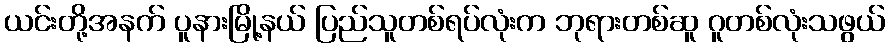
ယင်းတို့အနက် ပူနားမြို့နယ် ပြည်သူတစ်ရပ်လုံးက ဘုရားတစ်ဆူ ဂူတစ်လုံးသဖွယ်